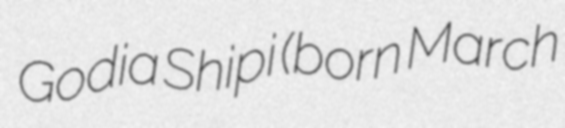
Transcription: Godia Shipi (born March